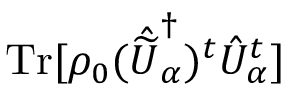
\mathrm { T r } [ \rho _ { 0 } ( \hat { \widetilde { U } } _ { \alpha } ^ { \dagger } ) ^ { t } \hat { U } _ { \alpha } ^ { t } ]